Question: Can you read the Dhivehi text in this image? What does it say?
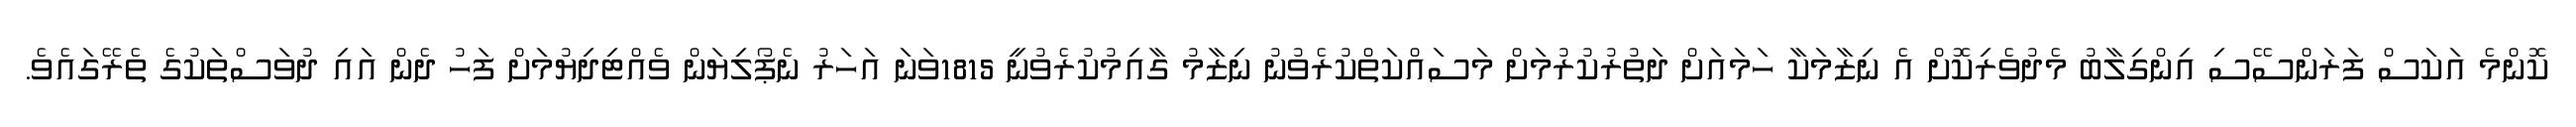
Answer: ކޮންމެ އަކަސް ފަރަންސޭސި އިންގިލާބު މެދުވެރިކޮށް އެ ނިޒާމަކާ ހަމައަށް ދަތުރުކުރުމަށް މަސައްކަތްކުރެވުނު ނިޒާމު ގާއިމުކުރެވުނީ 1815ވަނަ އަހަރު ނެޕޯލިޔަން ވެއްޓިދިޔުމަށް ފަހު ދެން އައި ދުވަސްތަކުގެ ތެރޭގައެވެ.